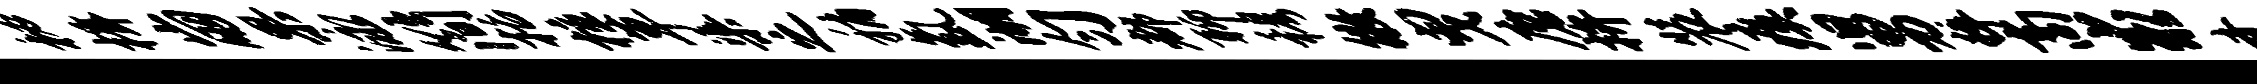
秘楫崩果泳简括檀草渠之稍氲湖匀都聊穆徵曳磨拚装瘼舅粹商求齐蝥